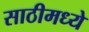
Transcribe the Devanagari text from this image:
साठीमध्ये